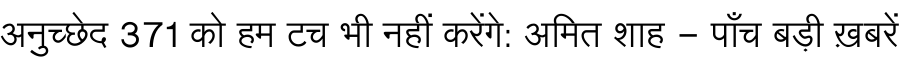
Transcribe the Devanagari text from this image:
अनुच्छेद 371 को हम टच भी नहीं करेंगे: अमित शाह - पाँच बड़ी ख़बरें